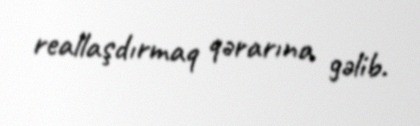
reallaşdırmaq qərarına gəlib.